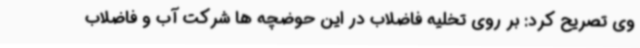
وی تصریح کرد: بر روی تخلیه فاضلاب در این حوضچه ها شرکت آب و فاضلاب